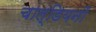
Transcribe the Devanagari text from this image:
चाल्डियनों